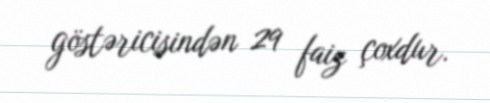
göstəricisindən 29 faiz çoxdur.